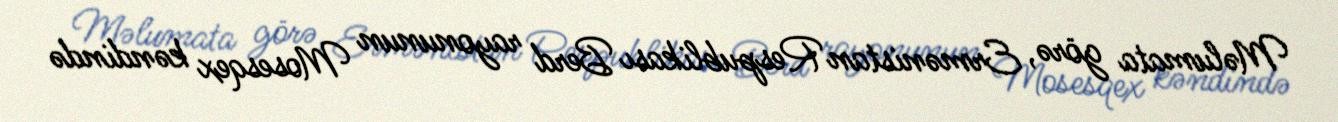
Məlumata görə, Ermənistan Respublikası Berd rayonunun Mosesqex kəndində